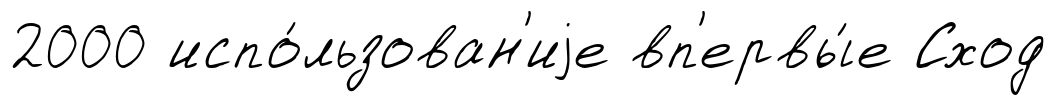
2000 испо́льзован'иjе вп'ервы́е Сход